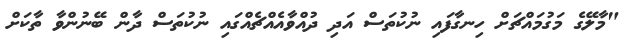
"މާލޭގެ މަގުމައްޗަށް ހިނގާފައި ނުކުތަސް އަދި ދުއްވާއެއްޗެއްގައި ނުކުތަސް ދާން ބޭނުންވާ ތާކަށް